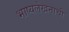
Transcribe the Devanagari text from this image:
भाष्यलेखनाची